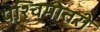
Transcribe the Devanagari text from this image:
पश्चिमोतरी